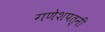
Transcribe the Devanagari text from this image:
गणेशपत्नी